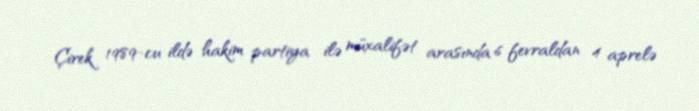
Çirek 1989-cu ildə hakim partiya ilə müxalifət arasında 6 fevraldan 4 aprelə